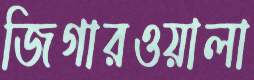
জিগারওয়ালা